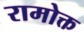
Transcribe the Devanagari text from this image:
रामोक्त